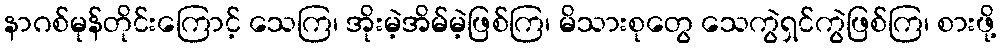
နာဂစ်မုန်တိုင်းကြောင့် သေကြ၊ အိုးမဲ့အိမ်မဲ့ဖြစ်ကြ၊ မိသားစုတွေ သေကွဲရှင်ကွဲဖြစ်ကြ၊ စားဖို့